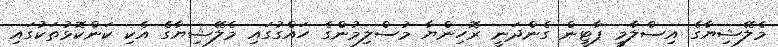
މެލޭޝިޔާގެ އިސްލާމީ ޕާޓީން ގެންދަނީ ރޮހިންޔާ މުސްލިމުންގެ ހައްގުގައި މެލޭޝިޔާގެ އެކި ކަންކޮޅުތަކުގައި